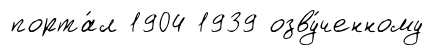
порта́л 1904 1939 озву́ченному